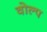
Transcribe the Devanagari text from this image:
वोल्प